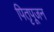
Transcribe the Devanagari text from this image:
पितृपूजन